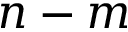
n - m